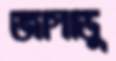
জাগাডু